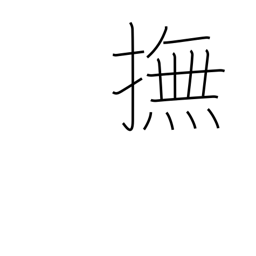
Meaning: stroke